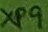
Text: XP9